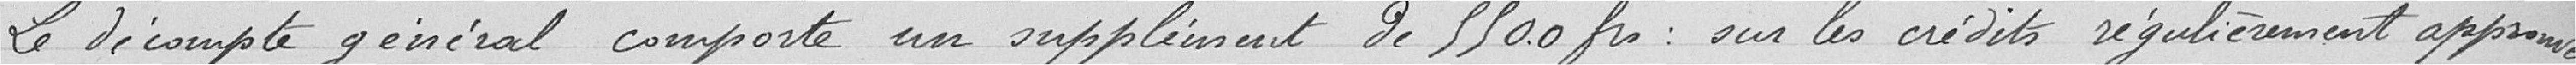
Le décompte général comporte un supplément de 5500 Fr. : sur les crédits régulièrement approuvés